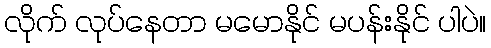
လိုက် လုပ်နေတာ မမောနိုင် မပန်းနိုင် ပါပဲ။